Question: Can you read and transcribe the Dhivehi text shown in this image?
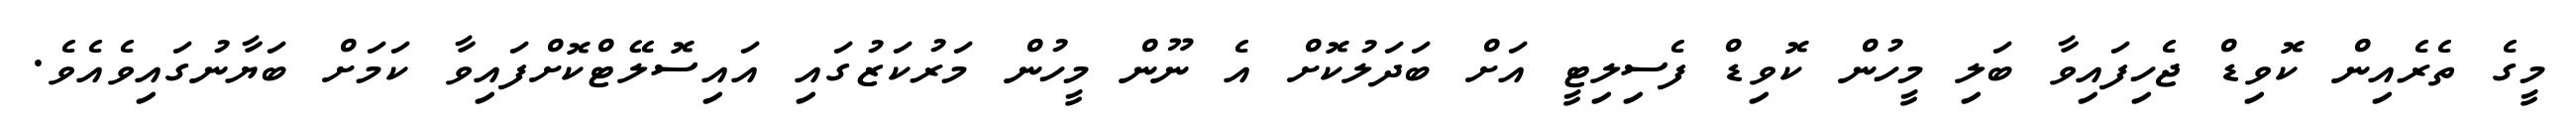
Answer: މީގެ ތެރެއިން ކޮވިޑް ޖެހިފައިވާ ބަލި މީހުން ކޮވިޑް ފެސިލިޓީ އަށް ބަދަލުކޮށް އެ ނޫން މީހުން މަރުކަޒުގައި އައިސޮލޭޓްކޮށްފައިވާ ކަމަށް ބަޔާނުގައިވެއެވެ.